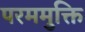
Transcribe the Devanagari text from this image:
परममुक्ति